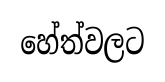
හේත්වලට